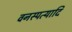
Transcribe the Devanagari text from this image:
वनस्पत्यादि